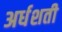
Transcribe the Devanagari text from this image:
अर्धशती